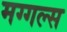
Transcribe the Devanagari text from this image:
मग्गल्स